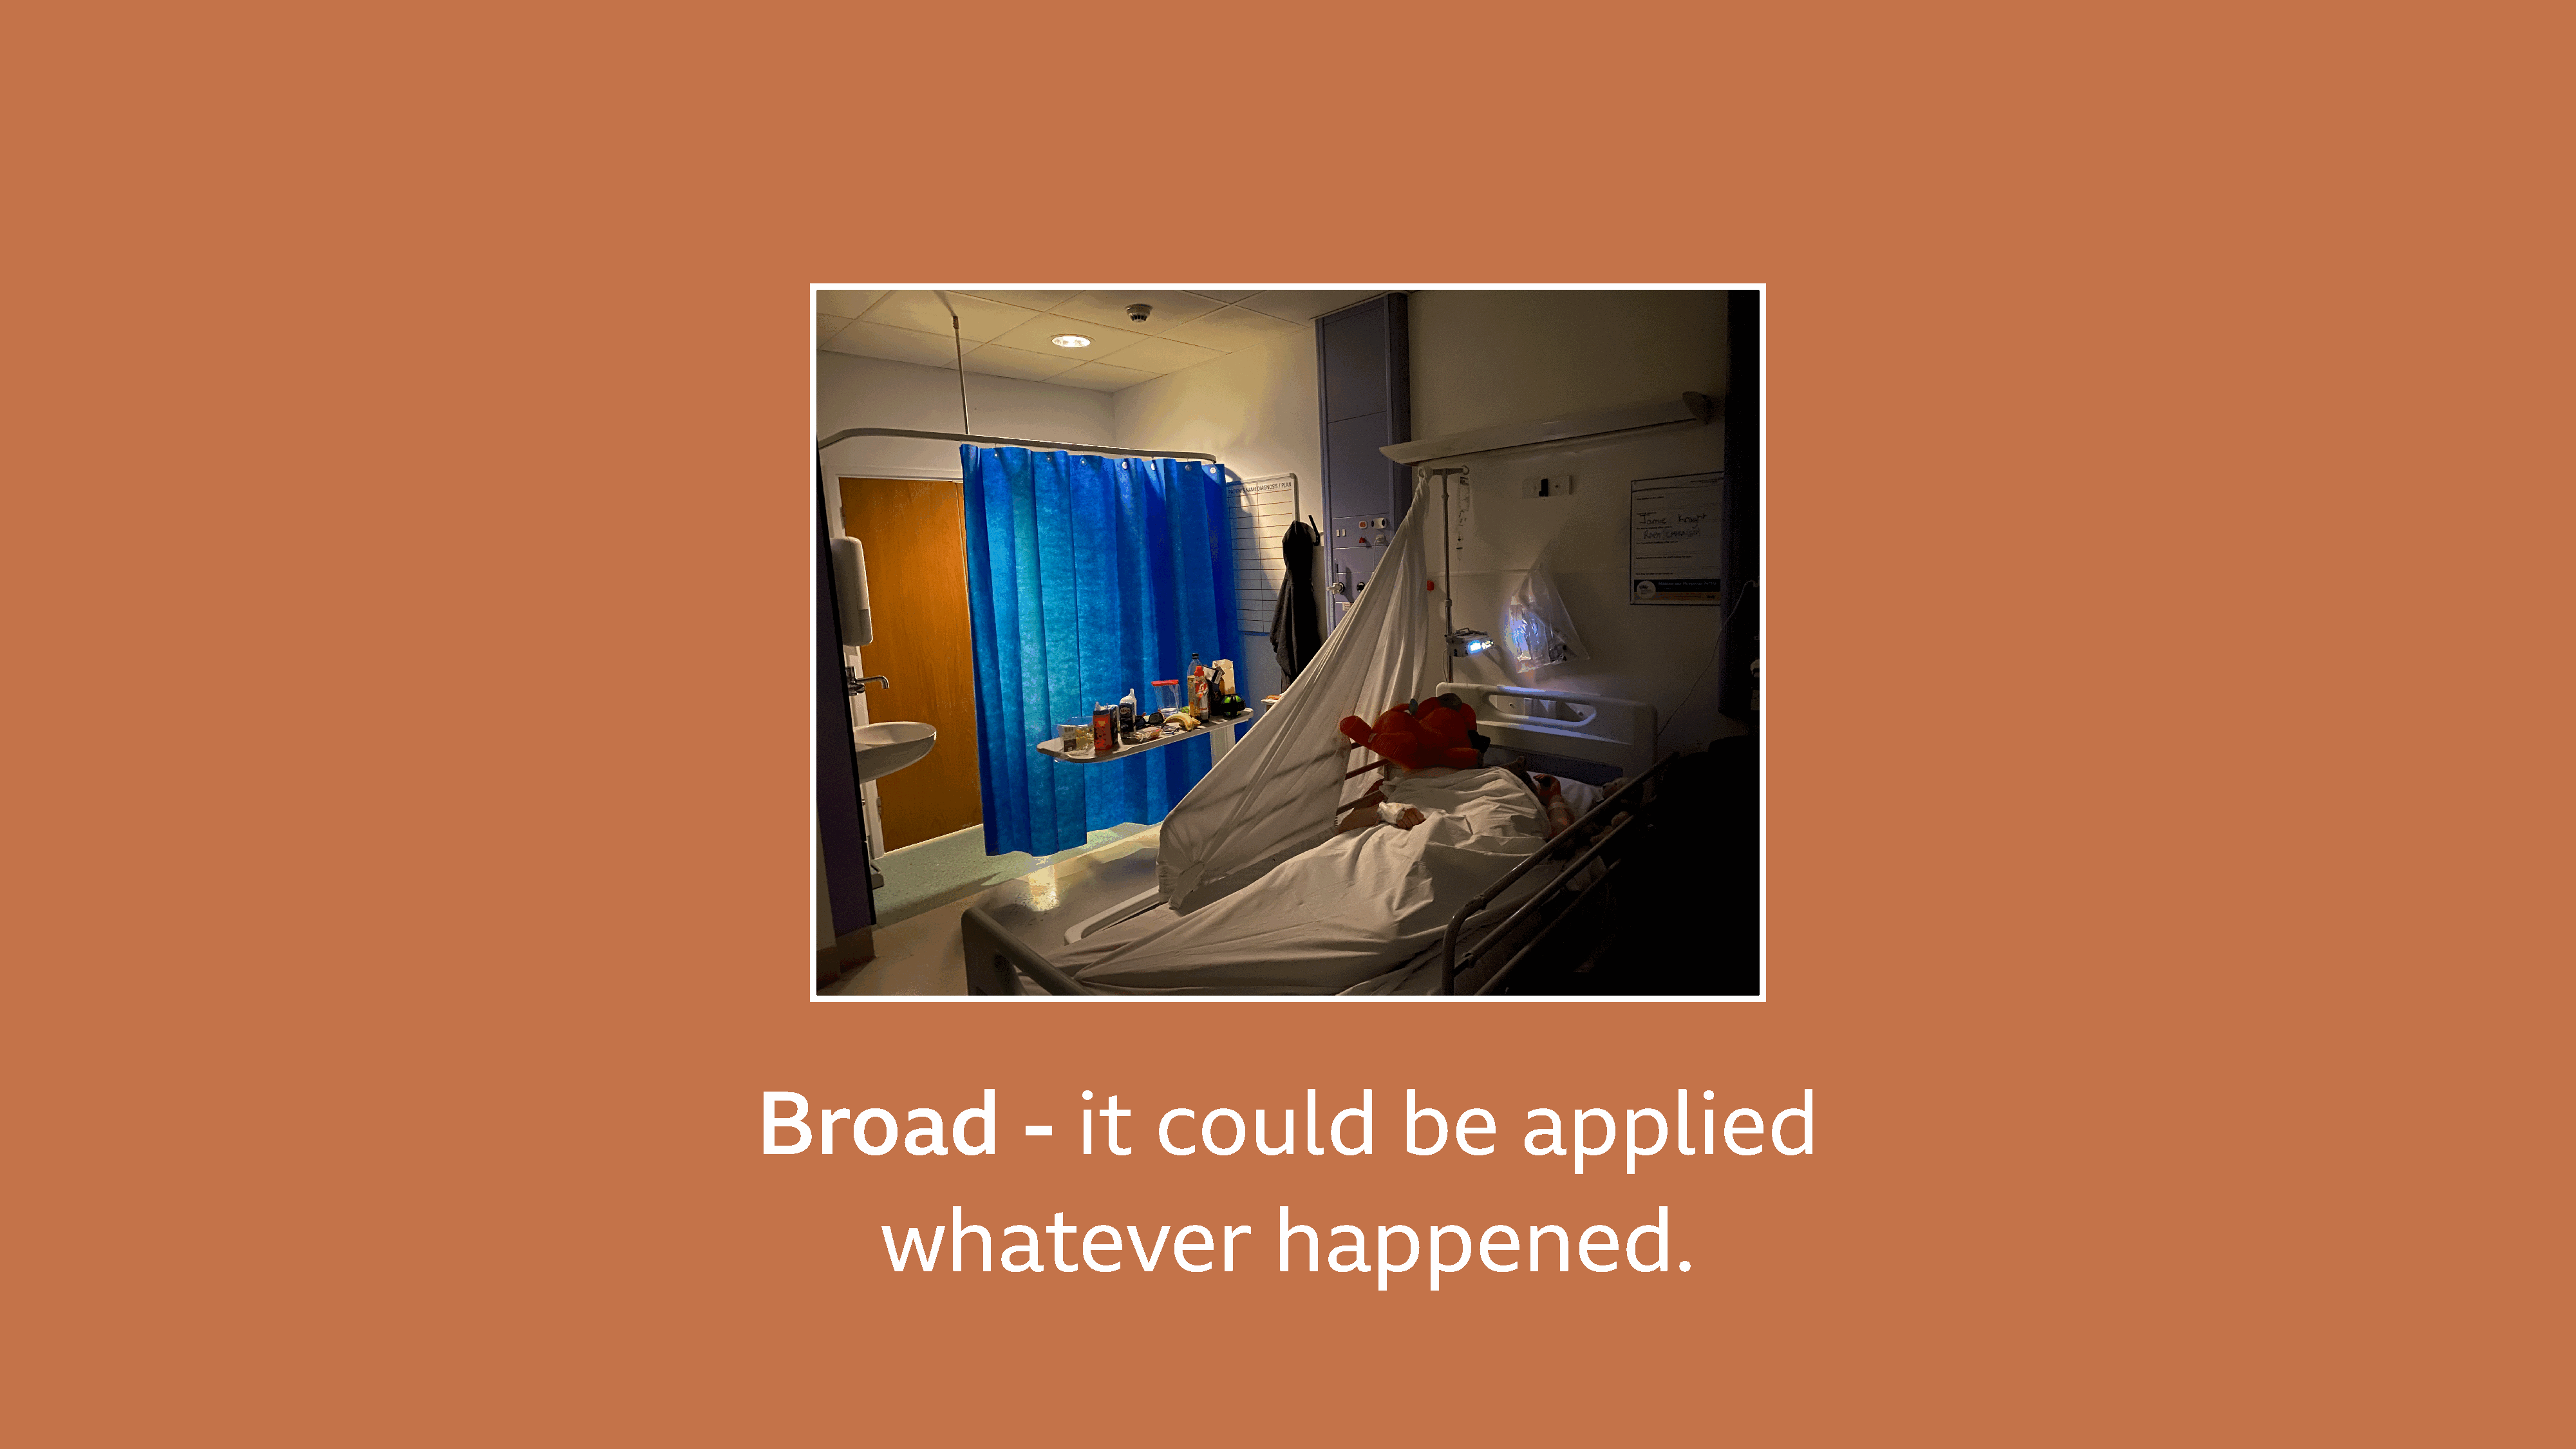
Broad                      -     it      could                    be          applied
 whatever                                happened.